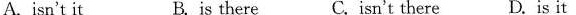
A. isn't it B. is there C. isn't there D. is it